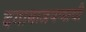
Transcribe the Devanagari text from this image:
दगाबाजपणाची